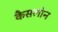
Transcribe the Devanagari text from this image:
कैसलोन